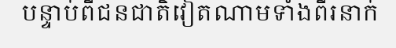
បន្ទាប់ពីជនជាតិវៀតណាមទាំងពីរនាក់